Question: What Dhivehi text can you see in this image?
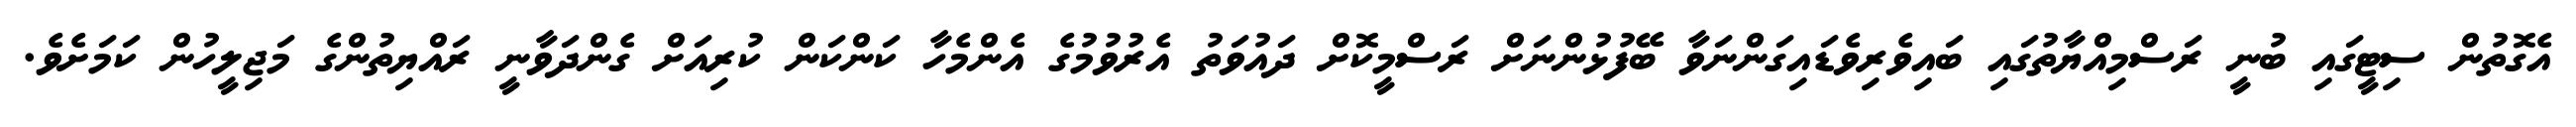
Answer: އެގޮތުން ސިޓީގައި ބުނީ ރަސްމިއްޔާތުގައި ބައިވެރިވެޑައިގަންނަވާ ބޭފުޅުންނަށް ރަސްމީކޮށް ދައުވަތު އެރުވުމުގެ އެންމެހާ ކަންކަން ކުރިއަށް ގެންދަވާނީ ރައްޔިތުންގެ މަޖިލީހުން ކަމަށެވެ.